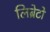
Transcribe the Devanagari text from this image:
लिब्रेटो